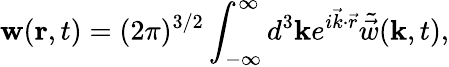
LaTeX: \mathbf{w}(\mathbf{r},t)=(2\pi)^{3/2}\int_{-\infty}^{\infty}d^{3}\mathbf{k}e^{i\vec{k}\cdot\vec{r}}\tilde{\vec{w}}(\mathbf{k},t),